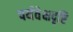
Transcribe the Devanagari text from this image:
पर्यवेक्षदृष्टि